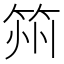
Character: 𮵰